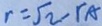
r = \sqrt { 2 } - r _ { A }